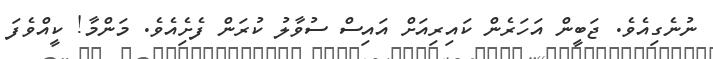
ނުނެގިއެވެ. ޖަބީން އަހަރެން ކައިރިއަށް އައިސް ސުވާލު ކުރަން ފެށިެއެވެ. މަންމާ! ކީއްވެފަ